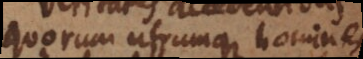
quorum utrumque homines